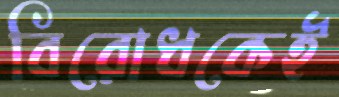
বিরোধকেই